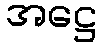
အဋ္ဌေ